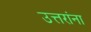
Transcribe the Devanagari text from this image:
उत्तरांना